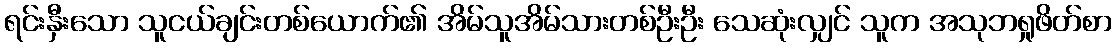
ရင်းနှီးသော သူငယ်ချင်းတစ်ယောက်၏ အိမ်သူအိမ်သားတစ်ဦးဦး သေဆုံးလျှင် သူက အသုဘရှုဖိတ်စာ